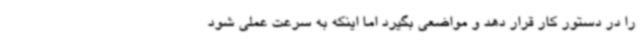
را در دستور کار قرار دهد و مواضعی بگیرد اما اینکه به سرعت عملی شود